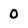
Character: 0